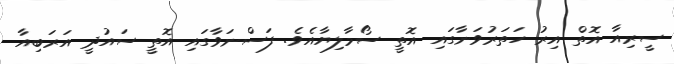
ސީރިއާ އޮތް އިރު ހަތަރުވަނާގައި އޮތީ ސޯމާލިޔާއެވެ. ފަސްނަވާގައި އޮތީ ސައުދީ އަރަބިއާ